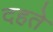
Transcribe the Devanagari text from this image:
दहते